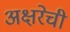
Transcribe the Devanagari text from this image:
अक्षरेची